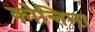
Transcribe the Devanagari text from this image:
कोन्तिना